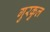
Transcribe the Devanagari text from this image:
गुरकुल